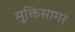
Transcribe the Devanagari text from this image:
मुक्तिसागर